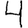
Digit: 4